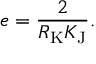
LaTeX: e = { \frac { 2 } { R _ { \mathrm { K } } K _ { \mathrm { J } } } } .